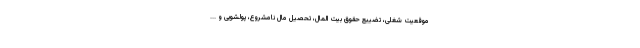
موقعیت شغلی، تضییع حقوق بیت المال، تحصیل مال نامشروع، پولشویی و ...